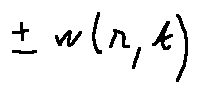
\pm w ( r , t )